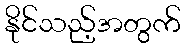
နိုင်သည့်အတွက်